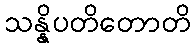
သန္နိပတိတောတိ